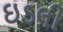
ઇડલી